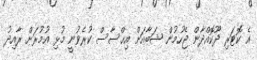
އެ ކޮޓަރި ދޫކޮއްދާން ޖެހުމުން ޝަބާއަށް އިޙްސާސް ކުރެވުނީ މުޅި އުމުރަށް ރާއިދު